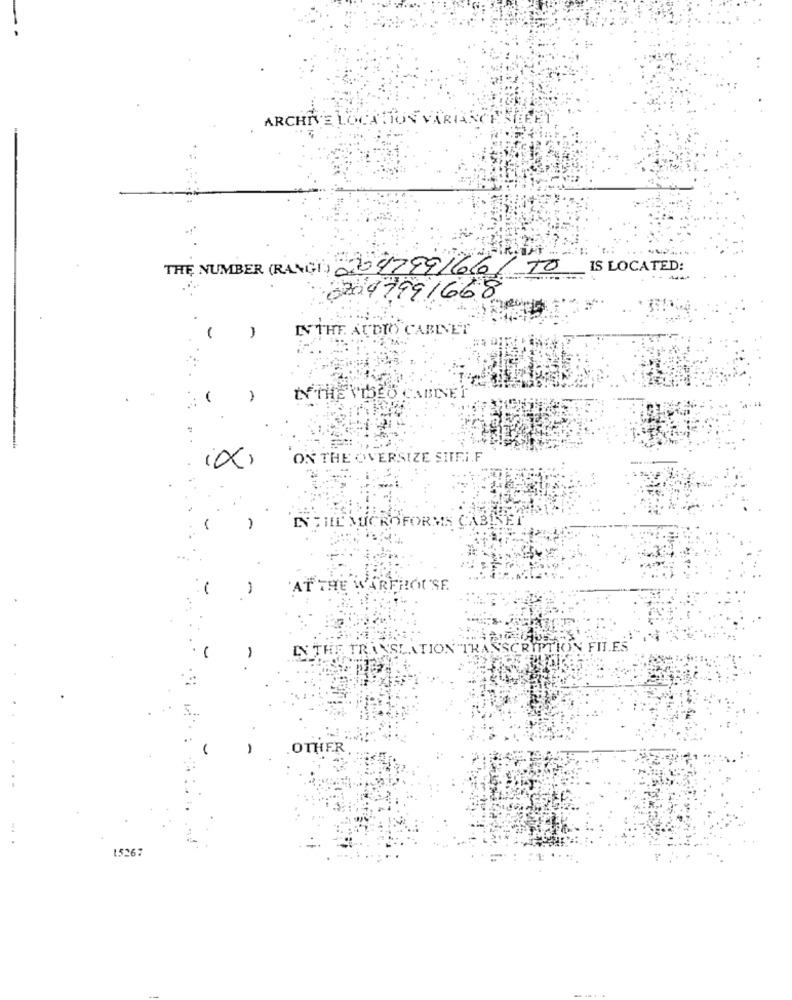
ARCHIE LOCATION VARARCI
THE NUMBER (RANGE) 22047991666
TO
IS LOCATED:
02097991668
IN THE AUDIO CABINET
-
ix
ON THE OVERSIZE SITE.I.F
IN THIL MICROFORMS CAB
AT THE WAREHOUSE.
IN THE TRI
CATION
FIT.J
-
,
.OTHER
1.5267